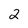
Character: 2